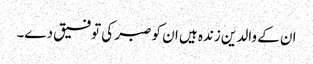
ان کے والدین زندہ ہیں ان کو صبر کی توفیق دے۔